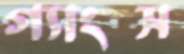
গ্যাংস